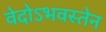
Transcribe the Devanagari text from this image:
वेदोऽभवस्तेन